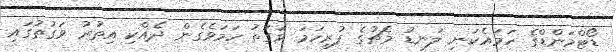
ޑޯޓްމަންޑްގެ ހަމައެކަނި ލަނޑު މެޗުގެ ފުރިހަމަ ވަގުތު ހަމަވެގެން ދެއްކި އިތުރު ވަގުތުގައި